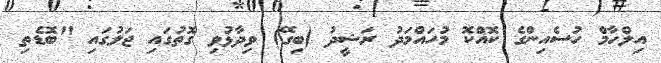
އިލްހާމް ހުސެއިންގެ ކޮއްކޮ މުހައްމަދު ރަޝީދު (ބިގޭ) ވިދާޅުވި ގޮތުގައި ޖަލުގައި "ބޮޑެތި